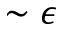
\sim \epsilon